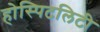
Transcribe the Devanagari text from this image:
होस्पिटलिटी